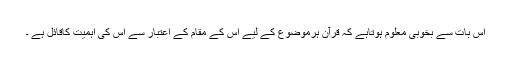
اِس بات سے بخوبی معلوم ہوتاہے کہ قرآن ہرموضوع کے لیے اس کے مقام کے اعتبار سے اس کی اہمیّت کاقائل ہے ۔